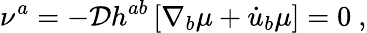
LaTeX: \nu^{a}=-\mathcal{D}h^{ab}\left[\nabla_{b}\mu+\dot{u}_{b}\mu\right]=0~,